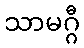
သာမဂ္ဂီ